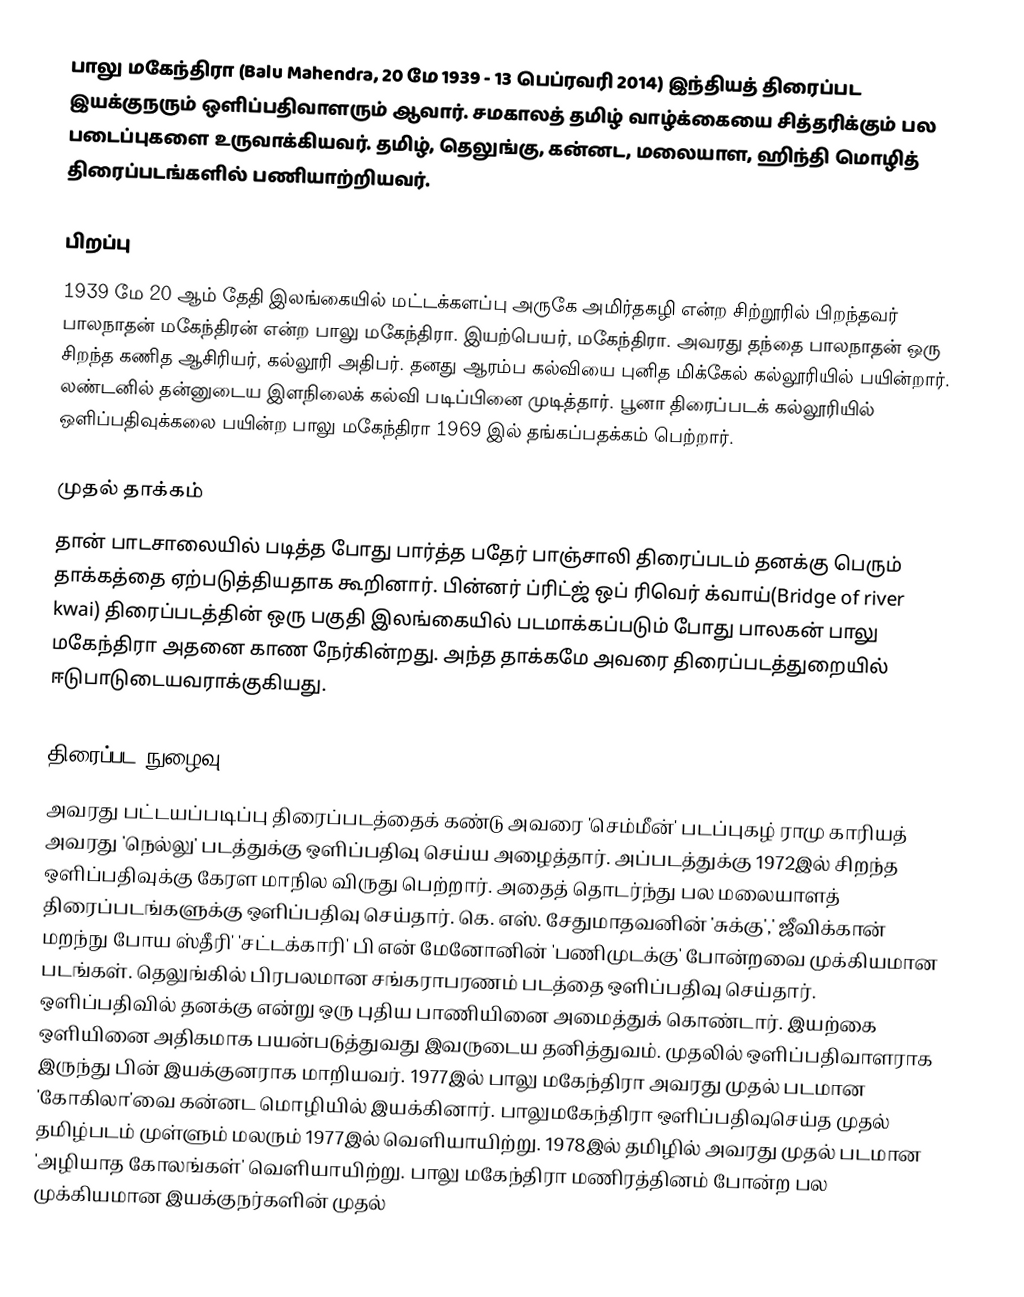
பாலு மகேந்திரா (Balu Mahendra, 20 மே 1939 - 13 பெப்ரவரி 2014) இந்தியத் திரைப்பட இயக்குநரும் ஒளிப்பதிவாளரும் ஆவார். சமகாலத் தமிழ் வாழ்க்கையை சித்தரிக்கும் பல படைப்புகளை உருவாக்கியவர். தமிழ், தெலுங்கு, கன்னட, மலையாள, ஹிந்தி மொழித் திரைப்படங்களில் பணியாற்றியவர்.

பிறப்பு
1939 மே 20 ஆம் தேதி இலங்கையில் மட்டக்களப்பு அருகே அமிர்தகழி என்ற சிற்றூரில் பிறந்தவர் பாலநாதன் மகேந்திரன் என்ற பாலு மகேந்திரா. இயற்பெயர், மகேந்திரா. அவரது தந்தை பாலநாதன் ஒரு சிறந்த கணித ஆசிரியர், கல்லூரி அதிபர். தனது ஆரம்ப கல்வியை புனித மிக்கேல் கல்லூரியில் பயின்றார். லண்டனில் தன்னுடைய இளநிலைக் கல்வி படிப்பினை முடித்தார். பூனா திரைப்படக் கல்லூரியில் ஒளிப்பதிவுக்கலை பயின்ற பாலு மகேந்திரா 1969 இல் தங்கப்பதக்கம் பெற்றார்.

முதல் தாக்கம்
தான் பாடசாலையில் படித்த போது பார்த்த பதேர் பாஞ்சாலி திரைப்படம் தனக்கு பெரும் தாக்கத்தை ஏற்படுத்தியதாக கூறினார். பின்னர் ப்ரிட்ஜ் ஒப் ரிவெர் க்வாய்(Bridge of river kwai) திரைப்படத்தின் ஒரு பகுதி இலங்கையில் படமாக்கப்படும் போது பாலகன் பாலு மகேந்திரா அதனை காண நேர்கின்றது. அந்த தாக்கமே அவரை திரைப்படத்துறையில் ஈடுபாடுடையவராக்குகியது.

திரைப்பட நுழைவு
அவரது பட்டயப்படிப்பு திரைப்படத்தைக் கண்டு அவரை 'செம்மீன்' படப்புகழ் ராமு காரியத் அவரது 'நெல்லு' படத்துக்கு ஒளிப்பதிவு செய்ய அழைத்தார். அப்படத்துக்கு 1972இல் சிறந்த ஒளிப்பதிவுக்கு கேரள மாநில விருது பெற்றார். அதைத் தொடர்ந்து பல மலையாளத் திரைப்படங்களுக்கு ஒளிப்பதிவு செய்தார். கெ. எஸ். சேதுமாதவனின் 'சுக்கு',' ஜீவிக்கான் மறந்நு போய ஸ்தீரி' 'சட்டக்காரி' பி என் மேனோனின் 'பணிமுடக்கு' போன்றவை முக்கியமான படங்கள். தெலுங்கில் பிரபலமான சங்கராபரணம் படத்தை ஒளிப்பதிவு செய்தார். ஒளிப்பதிவில் தனக்கு என்று ஒரு புதிய பாணியினை அமைத்துக் கொண்டார். இயற்கை ஒளியினை அதிகமாக பயன்படுத்துவது இவருடைய தனித்துவம். முதலில் ஒளிப்பதிவாளராக இருந்து பின் இயக்குனராக மாறியவர். 1977இல் பாலு மகேந்திரா அவரது முதல் படமான 'கோகிலா'வை கன்னட மொழியில் இயக்கினார். பாலுமகேந்திரா ஒளிப்பதிவுசெய்த முதல் தமிழ்படம் முள்ளும் மலரும் 1977இல் வெளியாயிற்று. 1978இல் தமிழில் அவரது முதல் படமான 'அழியாத கோலங்கள்' வெளியாயிற்று. பாலு மகேந்திரா மணிரத்தினம் போன்ற பல முக்கியமான இயக்குநர்களின் முதல்